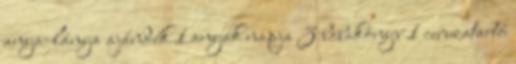
anya-lánya ajándék 1 anyák napja 3 babakönyv 1 ceruzatartó